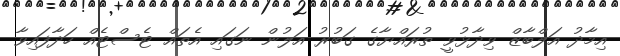
އިމާދު އަލްބާޒް ވިދާޅުވީ ތުރައްޔާގެ ގަބުރު އަލުން ނަގައި އެތައް ޓެސްޓެއް ހަދާފައިވާ